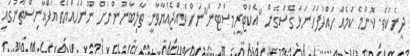
ދީނެކެވެ. ކޮންމެ ކަމެއް ހައްދުފަހަނަޅާ ގޮސްގެން "އެކްޓްރީމިސްޓުން"ނަށް ވެއްޖެއްޔާވާނީ ތާލިބާނުންނަށް ނޫންހެއްޔެވެ އަފްޣާނިސްތާނުގައި